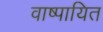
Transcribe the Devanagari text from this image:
वाष्पायित